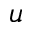
u